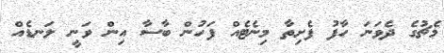
މެޗުގެ ދެވަނަ ހާފު ފެށިތާ މިނެޓެއް ފަހުން ބާސާ އިން ވަނީ ލަނޑެއް